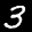
Label: 3